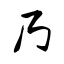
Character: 乃